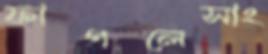
ফাগলেসাং